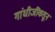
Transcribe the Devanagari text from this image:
गांधीजींकडून